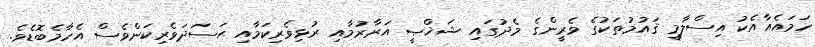
ހަމައެއާއެކު އިސްލާމީ ޤައުމުތަކުގެ ވެރީންގެ މެދުގައި ޝަޚްޞީ އަރާރުމާއި ރުޅިވެރިކަމާއި ޙަސަދަވެރިކަންވެސް އެހާމެބޮޑެވެ.